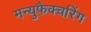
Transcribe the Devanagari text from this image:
मन्युफैक्चरिंग